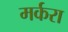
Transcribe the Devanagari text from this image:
मर्करा